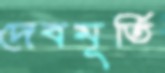
দেবমূর্তি